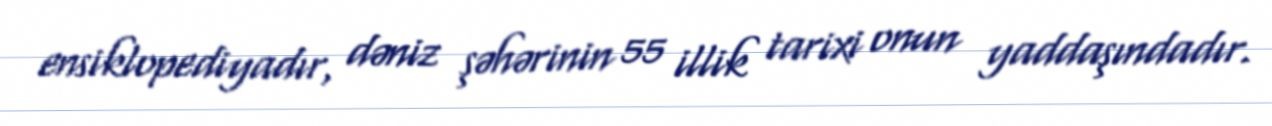
ensiklopediyadır, dəniz şəhərinin 55 illik tarixi onun yaddaşındadır.